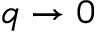
q \to 0